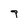
Character: 7